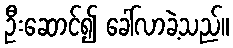
ဦးဆောင်၍ ခေါ်လာခဲ့သည်။